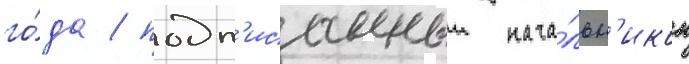
го́да / подп'исанныи нача́льн'иком